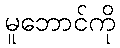
မူဘောင်ကို